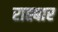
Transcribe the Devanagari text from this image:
राह्बार